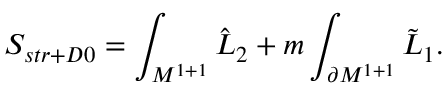
S _ { s t r + D 0 } = \int _ { { \cal M } ^ { 1 + 1 } } { \hat { \cal L } } _ { 2 } + m \int _ { \partial { \cal M } ^ { 1 + 1 } } { \tilde { \cal L } } _ { 1 } .